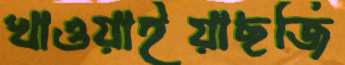
খাওয়াইয়াছজি